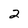
Character: 2